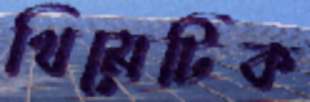
থিমেটিক